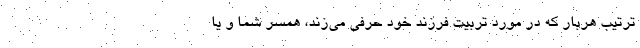
ترتیب هربار که در مورد تربیت فرزند خود حرفی می‌زند، همسر شما و یا